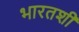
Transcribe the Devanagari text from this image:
भारतशी